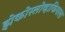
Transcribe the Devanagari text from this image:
झेकोस्लोव्हाकियाला